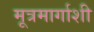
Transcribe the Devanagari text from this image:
मूत्रमार्गाशी